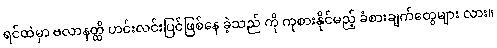
ရင်ထဲမှာ ဗလာနတ္ထိ ဟင်းလင်းပြင်ဖြစ်နေ ခဲ့သည် ကို ကုစားနိုင်မည့် ခံစားချက်တွေများ လား။